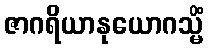
ဇာဂရိယာနုယောဂသ္မိံ